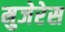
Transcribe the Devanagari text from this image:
मुजेरेस